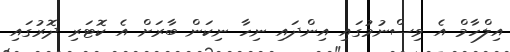
އިލްހާމް އެ ވިސްނުމުގައި އިންދައި ނިހާ ނިކަން ބާރަށް އެ ކޮޓަރި ދޮރުގައި